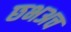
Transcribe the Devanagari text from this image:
छभअच